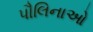
પૌલિનાઓ